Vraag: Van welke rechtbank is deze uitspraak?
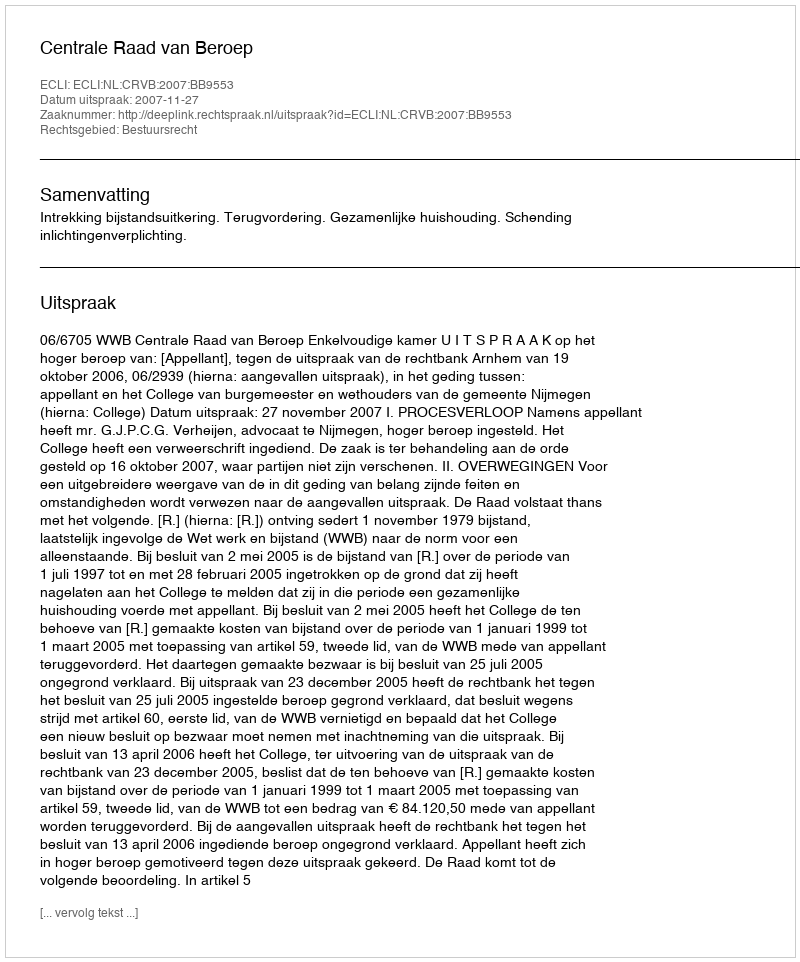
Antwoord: Centrale Raad van Beroep